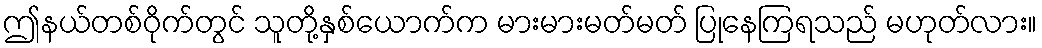
ဤနယ်တစ်ဝိုက်တွင် သူတို့နှစ်ယောက်က မားမားမတ်မတ် ပြုနေကြရသည် မဟုတ်လား။